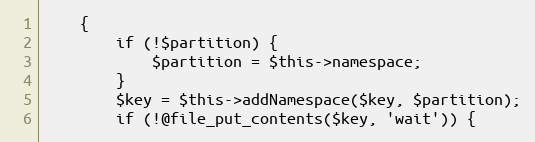
Language: PHP
    {
        if (!$partition) {
            $partition = $this->namespace;
        }
        $key = $this->addNamespace($key, $partition);
        if (!@file_put_contents($key, 'wait')) {